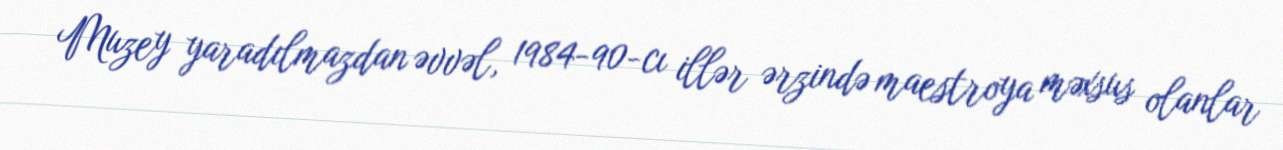
Muzey yaradılmazdan əvvəl, 1984-90-cı illər ərzində maestroya məxsus olanlar